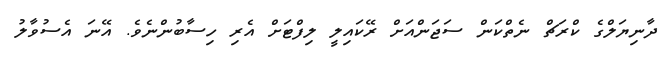
ދާނިޔަލްގެ ކްރަޗް ނެތްކަން ސަޖަންއަށް ރޭކައިލީ ލިފްޓަށް އެރި ހިސާބުންނެވެ. އޭނަ އެސުވާލު